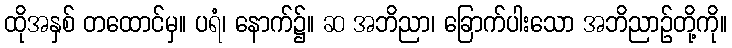
ထိုအနှစ် တထောင်မှ။ ပရံ၊ နောက်၌။ ဆ အဘိညာ၊ ခြောက်ပါးသော အဘိညာဉ်တို့ကို။